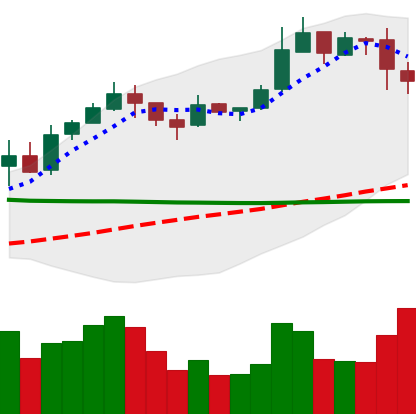
Ticker: BNB-USD
Chart end date: 2019-02-25
Forward return: 20.603%
Label: up_7plus